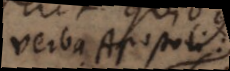
verba Apostoli: